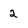
Character: 2